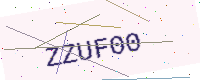
Text: ZZUF00